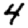
Digit: 4